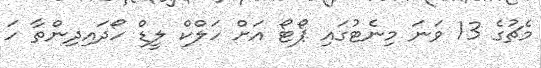
މެޗުގެ 13 ވަނަ މިނެޓުގައި ޕޯޓޯ އަށް ހަލްކް ލީޑް ހޯދައިދިންތާ ހަ